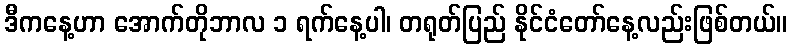
ဒီကနေ့ဟာ အောက်တိုဘာလ ၁ ရက်နေ့ပါ၊ တရုတ်ပြည် နိုင်ငံတော်နေ့လည်းဖြစ်တယ်။